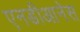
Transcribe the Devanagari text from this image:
एनडीआनेस